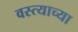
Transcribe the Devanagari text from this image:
वस्त्याच्या